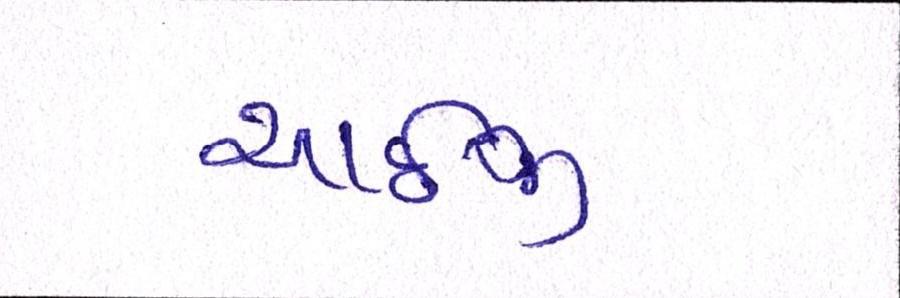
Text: આઇજી